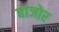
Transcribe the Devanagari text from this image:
बाजोर